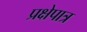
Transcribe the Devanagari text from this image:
प्रक्षेपात्र